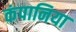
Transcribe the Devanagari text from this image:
कंपानिया